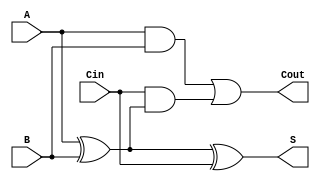
module TG_Full_Adder (
    input wire A,      // First input bit
    input wire B,      // Second input bit
    input wire Cin,    // Carry-in bit
    output wire S,     // Sum output
    output wire Cout   // Carry-out output
);
    // Intermediate signals
    wire AB, A_B, A_B_Cin;

    // Calculate A  B
    assign A_B = A ^ B;
    
    // Calculate S = A  B  Cin
    assign S = A_B ^ Cin;

    // Calculate Cout = (A  B) + (Cin  (A  B))
    assign AB = A & B;                        // A  B
    assign Cout = AB | (Cin & A_B);           // Cout = (A  B) + (Cin  (A  B))

endmodule